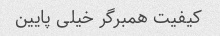
کیفیت همبرگر خیلی پایین